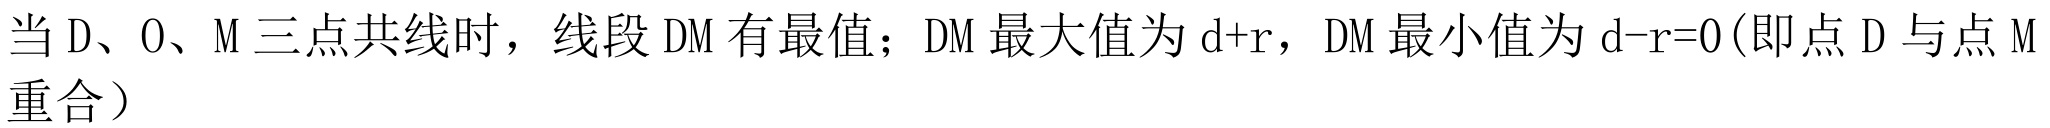
当 \(D、O、M\) 三点共线时，线段 \(DM\) 有最值；\(DM\) 最大值为 \(d + r\)，\(DM\) 最小值为 \(d - r = 0\)(即点 \(D\) 与点 \(M\) 重合）